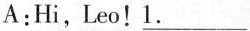
A:Hi,Leo!\underline{1.}___